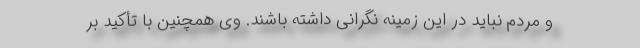
و مردم نباید در این زمینه نگرانی داشته باشند. وی همچنین با تأکید بر